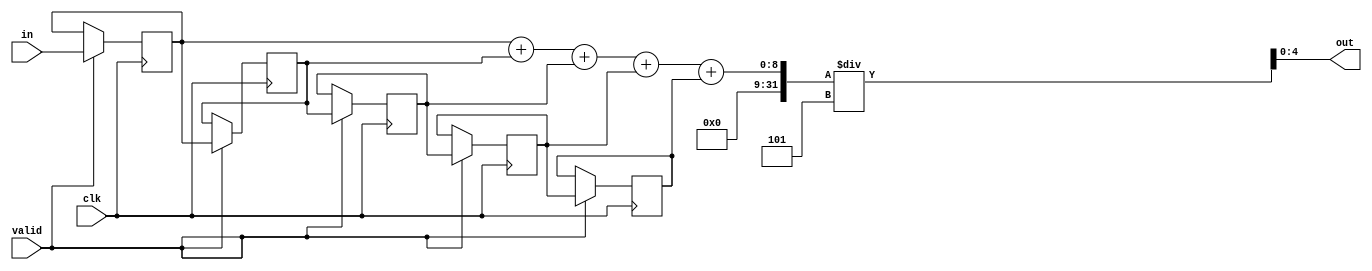
module exp(clk, valid, in, out);
  input clk;
  input [4:0] in;
  input valid;
  output [4:0] out;
  
  reg [4:0] reg1;
  reg [4:0] reg2;
  reg [4:0] reg3;
  reg [4:0] reg4;
  reg [4:0] reg5;

  always @(posedge clk) begin
    reg1 <= valid ? in : reg1;
    reg2 <= valid ? reg1 : reg2;
    reg3 <= valid ? reg2 : reg3;
    reg4 <= valid ? reg3 : reg4;
    reg5 <= valid ? reg4 : reg5;
  end

  assign out = (reg1+reg2+reg3+reg4+reg5) / 5;

endmodule